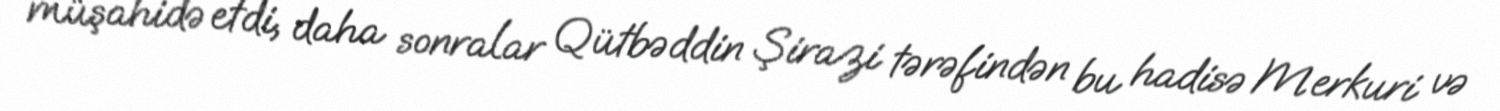
müşahidə etdi, daha sonralar Qütbəddin Şirazi tərəfindən bu hadisə Merkuri və